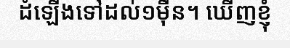
ដំឡើងទៅដល់១ម៉ឺន។ ឃើញខ្ញុំ